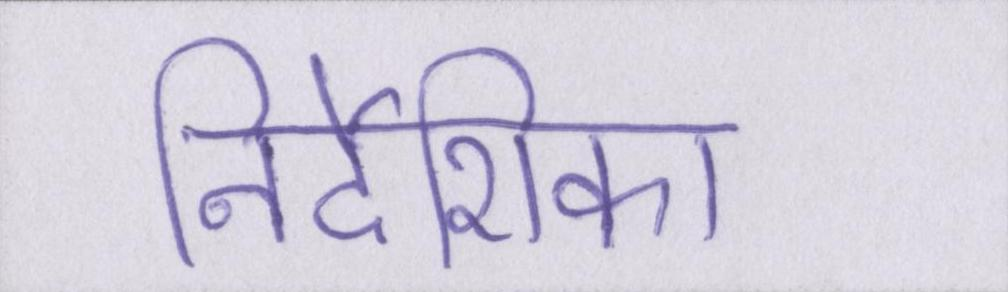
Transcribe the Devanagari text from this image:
निर्देशिका